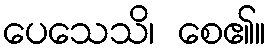
ပေသေသိ၊ စေ၏။